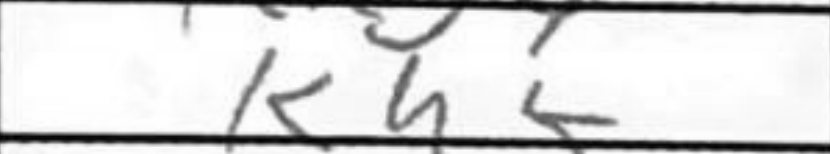
Transcription: Kh5